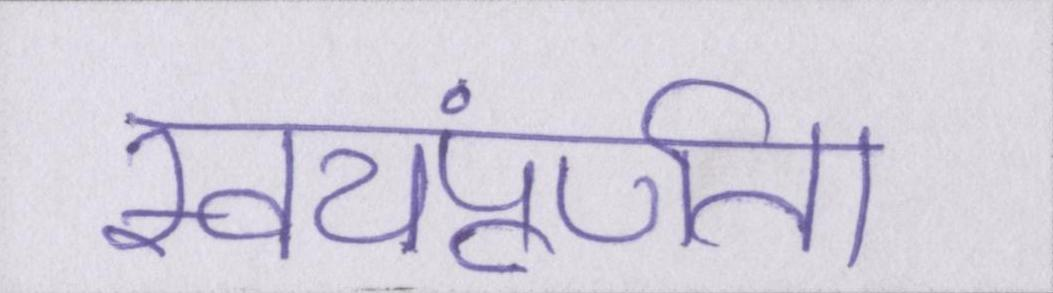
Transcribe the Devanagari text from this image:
स्वयंपूर्णता